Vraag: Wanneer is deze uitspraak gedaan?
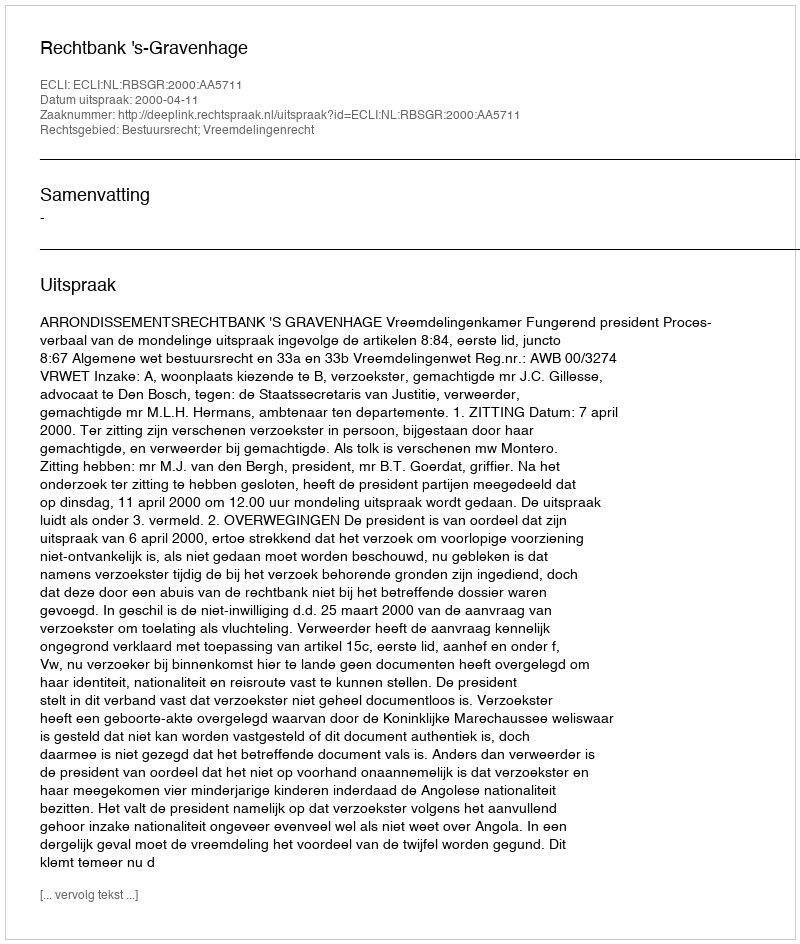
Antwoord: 2000-04-11